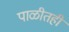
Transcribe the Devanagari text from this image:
पाळीतही